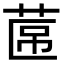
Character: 𮏕